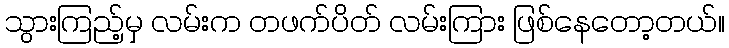
သွားကြည့်မှ လမ်းက တဖက်ပိတ် လမ်းကြား ဖြစ်နေတော့တယ်။